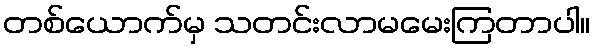
တစ်ယောက်မှ သတင်းလာမမေးကြတာပါ။